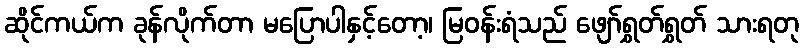
ဆိုင်ကယ်က ခုန်လိုက်တာ မပြောပါနှင့်တော့၊ မြဝန်းရံသည် ဖျော်ရွှတ်ရွှတ် သားရတု